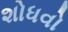
શોધવો